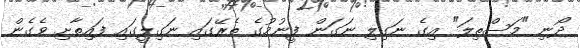
ދޯނި "މަސްތިލަ" އިގެ ނަގިލި ނަގަން ފީނުމުގެ ތެރޭގައި ނަގިލީގައި ފައިތާށި ވެގެން